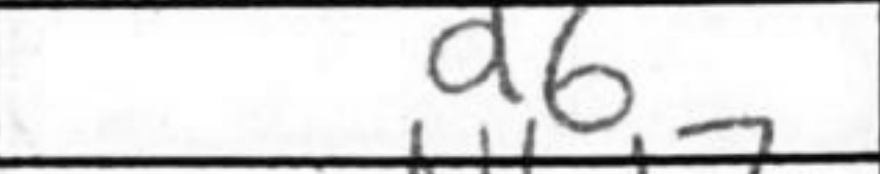
Transcription: d6